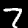
Digit: 7